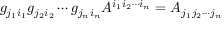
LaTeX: g _ { j _ { 1 } i _ { 1 } } g _ { j _ { 2 } i _ { 2 } } \cdots g _ { j _ { n } i _ { n } } A ^ { i _ { 1 } i _ { 2 } \cdots i _ { n } } = A _ { j _ { 1 } j _ { 2 } \cdots j _ { n } }